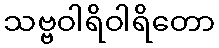
သဗ္ဗဝါရိဝါရိတော